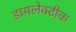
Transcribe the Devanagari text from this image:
डायलेक्टीक